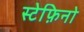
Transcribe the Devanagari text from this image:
स्टेफ़िनो